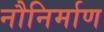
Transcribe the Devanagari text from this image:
नौनिर्माण